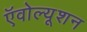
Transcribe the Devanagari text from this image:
ऍवोल्यूशन